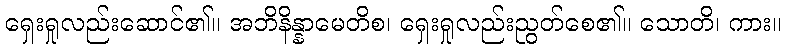
ရှေးရှုလည်းဆောင်၏။ အဘိနိန္နာမေတိစ၊ ရှေးရှုလည်းညွတ်စေ၏။ သောတိ၊ ကား။